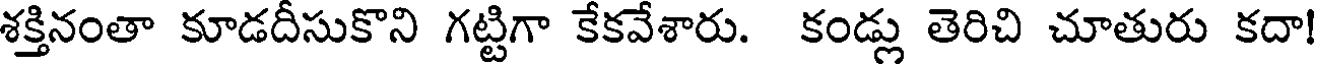
శక్తినంతా కూడదీసుకొని గట్టిగా కేకవేశారు. కండ్లు తెరిచి చూతురు కదా